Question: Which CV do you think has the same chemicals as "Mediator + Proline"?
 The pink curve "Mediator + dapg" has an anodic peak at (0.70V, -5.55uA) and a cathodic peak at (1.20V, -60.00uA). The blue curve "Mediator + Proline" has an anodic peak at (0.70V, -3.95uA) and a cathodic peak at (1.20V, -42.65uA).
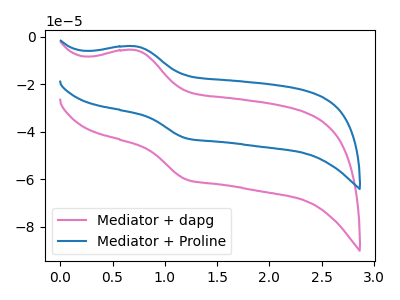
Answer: <think>All the peaks in "Mediator + dapg" have a peak in "Mediator + Proline" at the same potential.
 </think>
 <answer>The CV with the most similar shape to "Mediator + dapg" is "Mediator + Proline".</answer>
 <eval>"Mediator + Proline"</eval>